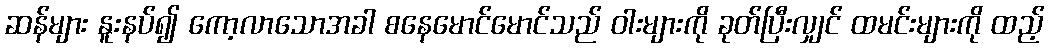
ဆန်များ နူးနပ်၍ ကော့လာသောအခါ စနေမောင်မောင်သည် ဝါးများကို ခုတ်ပြီးလျှင် ထမင်းများကို ထည့်